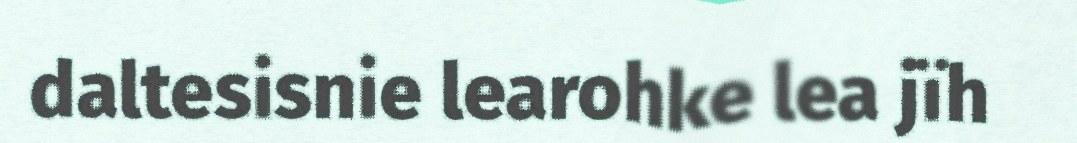
daltesisnie learohke lea jïh